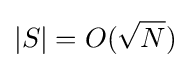
|S|=O({\sqrt {N}})